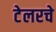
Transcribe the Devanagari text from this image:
टेलरचे